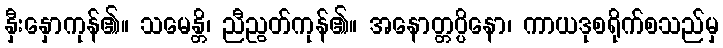
နှီးနှောကုန်၏။ သမေန္တိ၊ ညီညွတ်ကုန်၏။ အနောတ္တပ္ပိနော၊ ကာယဒုစရိုက်စသည်မှ